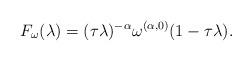
LaTeX: \begin{align*}F_{\omega}(\lambda)=(\tau\lambda)^{-\alpha}\omega^{(\alpha,0)}(1-\tau\lambda).\end{align*}